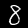
Label: 8